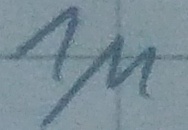
Text: 1µ